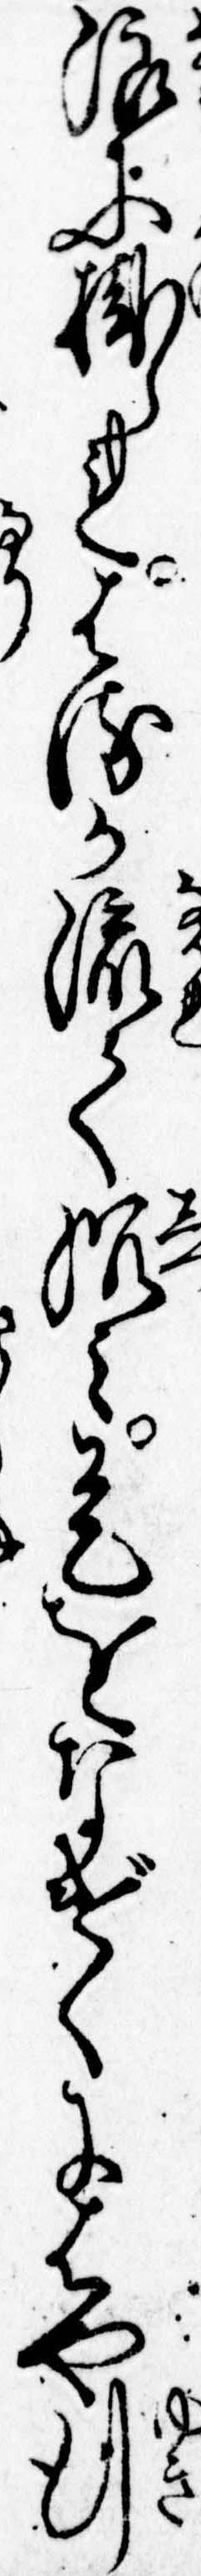
浪に掛られはるか流て沈み是をなげくにはや行